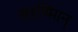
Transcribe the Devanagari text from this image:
सरण्मािन्‌